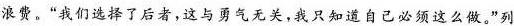
浪费”我们选择了后者，这与勇气无关，只知道自己必须这么做，”列